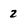
Character: 2